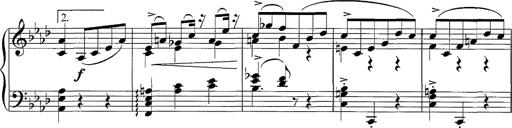
Title: LÃ¤ndler in A flat major
Composer: Franz Liszt
Key: A-flat major